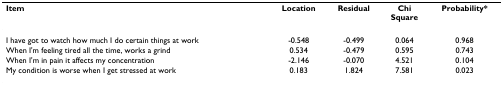
<table><thead><tr><td><b>Item</b></td><td><b>Location</b></td><td><b>Residual</b></td><td><b>ChiSquare</b></td><td><b>Probability*</b></td></tr></thead><tbody><tr><td>I have got to watch how much I do certain things at work</td><td>-0.548</td><td>-0.499</td><td>0.064</td><td>0.968</td></tr><tr><td>When I&#x27;m feeling tired all the time, works a grind</td><td>0.534</td><td>-0.479</td><td>0.595</td><td>0.743</td></tr><tr><td>When I&#x27;m in pain it affects my concentration</td><td>-2.146</td><td>-0.070</td><td>4.521</td><td>0.104</td></tr><tr><td>My condition is worse when I get stressed at work</td><td>0.183</td><td>1.824</td><td>7.581</td><td>0.023</td></tr></tbody></table>